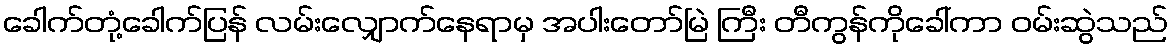
ခေါက်တုံ့ခေါက်ပြန် လမ်းလျှောက်နေရာမှ အပါးတော်မြဲ ကြီး တီကွန်ကိုခေါ်ကာ ဝမ်းဆွဲသည်